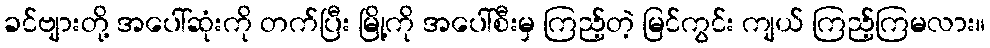
ခင်ဗျားတို့ အပေါ်ဆုံးကို တက်ပြီး မြို့ကို အပေါ်စီးမှ ကြည့်တဲ့ မြင်ကွင်း ကျယ် ကြည့်ကြမလား။